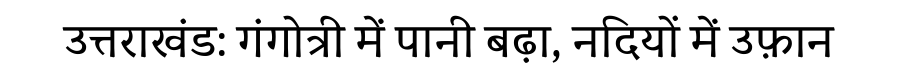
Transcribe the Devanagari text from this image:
उत्तराखंड: गंगोत्री में पानी बढ़ा, नदियों में उफ़ान